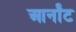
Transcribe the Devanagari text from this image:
आर्नॉट